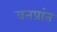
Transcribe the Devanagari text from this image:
वनप्रांत